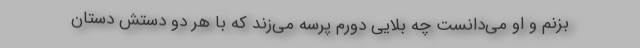
بزنم و او می‌دانست چه بلایی دورم پرسه می‌زند که با هر دو دستش دستان